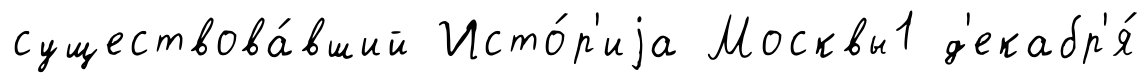
существова́вший Исто́р'иjа Москвы1 д'екабр'я́